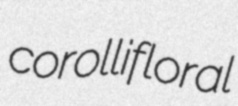
corollifloral